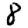
Digit: 8